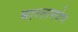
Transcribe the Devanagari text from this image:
भारतामधेच